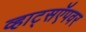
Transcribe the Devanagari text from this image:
व्हाट्सऍपवर